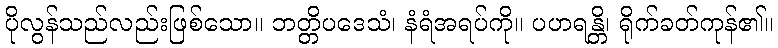
ပိုလွန်သည်လည်းဖြစ်သော။ ဘတ္တိပဒေသံ၊ နံရံအရပ်ကို။ ပဟရန္တိ၊ ရိုက်ခတ်ကုန်၏။